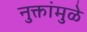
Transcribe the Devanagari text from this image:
नुक्तांमुळे